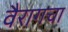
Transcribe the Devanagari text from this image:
वैरागचा